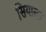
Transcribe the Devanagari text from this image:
सियाल्क